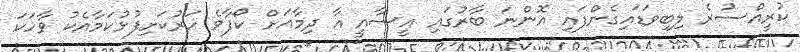
ކުރީއްސުރެ ލިބިވަޑައިގެންފައި އޮންނަ ބާރުގައި އީސާއީ އާ ދިމާއަށް ކޯފާވެ ހަރުކަށިފުޅުކަމާއެކު ވާހަކަ